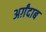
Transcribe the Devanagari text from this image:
अर्ग़ंदाब